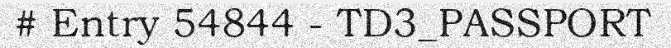
# Entry 54844 - TD3_PASSPORT